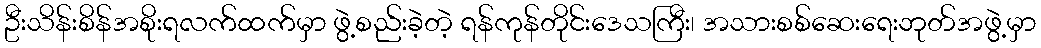
ဦးသိန်းစိန်အစိုးရလက်ထက်မှာ ဖွဲ့စည်းခဲ့တဲ့ ရန်ကုန်တိုင်းဒေသကြီး၊ အသားစစ်ဆေးရေးဘုတ်အဖွဲ့မှာ